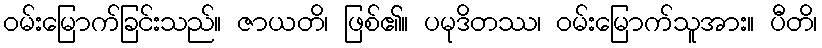
ဝမ်းမြောက်ခြင်းသည်။ ဇာယတိ၊ ဖြစ်၏။ ပမုဒိတဿ၊ ဝမ်းမြောက်သူအား။ ပီတိ၊